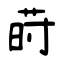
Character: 莳